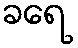
ခရေ